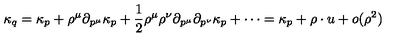
\kappa _ { q } = \kappa _ { p } + \rho ^ { \mu } \partial _ { p ^ { \mu } } \kappa _ { p } + \frac { 1 } { 2 } \rho ^ { \mu } \rho ^ { \nu } \partial _ { p ^ { \mu } } \partial _ { p ^ { \nu } } \kappa _ { p } + \cdots = \kappa _ { p } + \rho \cdot u + o ( \rho ^ { 2 } )